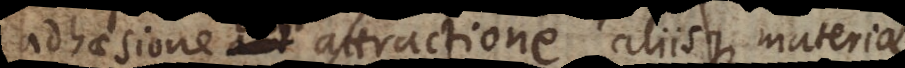
adhaesione aut attractione, aliisque materiae